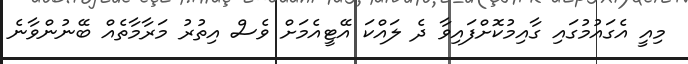
މިއީ އެގައުމުގައި ގާއިމުކޮށްފައިވާ ދެ ލައްކަ އޭޓީއެމަށް ވެސް އިތުރު މަރާމާތެއް ބޭނުންވާނެ